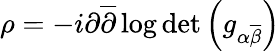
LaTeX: \rho=-i\partial{\overline{{\partial}}}\log\operatorname*{det}\left(g_{\alpha{\overline{{\beta}}}}\right)